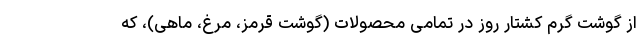
از گوشت گرم کشتار روز در تمامی محصولات (گوشت قرمز، مرغ، ماهی)، که